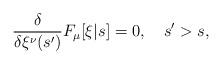
LaTeX: \begin{align*}\frac{\delta}{\delta \xi^\nu(s')} F_\mu[\xi|s] = 0, \ \ \ s'>s,\end{align*}